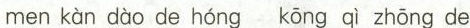
men kàn dào de hóng kōng qì zhōng de